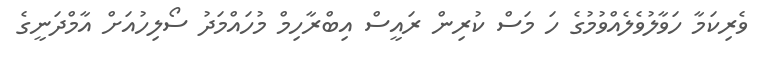
ވެރިކަމާ ހަވާލުވެލެއްވުމުގެ ހަ މަސް ކުރިން ރައީސް އިބްރާހިމް މުހައްމަދު ސޯލިހުއަށް އާމްދަނީގެ